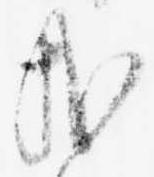
哉